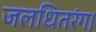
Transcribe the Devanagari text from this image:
जलधितरंग।